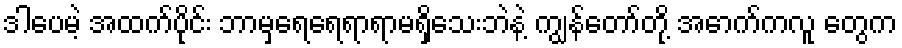
ဒါပေမဲ့ အထက်ပိုင်း ဘာမှရေရေရာရာမရှိသေးဘဲနဲ့ ကျွန်တော်တို့ အောက်ကလူ တွေက